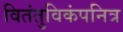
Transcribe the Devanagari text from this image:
वितंतुविकंपनित्र